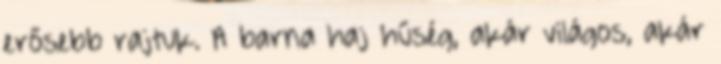
erősebb rajtuk. A barna haj hűség, akár világos, akár